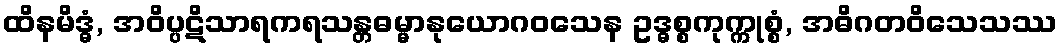
ထိနမိဒ္ဓံ, အဝိပ္ပဋိသာရကရသန္တဓမ္မာနုယောဂဝသေန ဥဒ္ဓစ္စကုက္ကုစ္စံ, အဓိဂတဝိသေသဿ